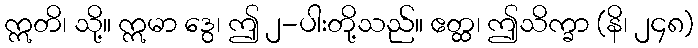
ဣတိ၊ သို့။ ဣမာ ဒွေ၊ ဤ ၂-ပါးတို့သည်။ ဧတ္ထ၊ ဤသိက္ခာ (နိ၊ ၂၄၈)